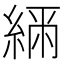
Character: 𦂲